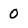
Character: 0